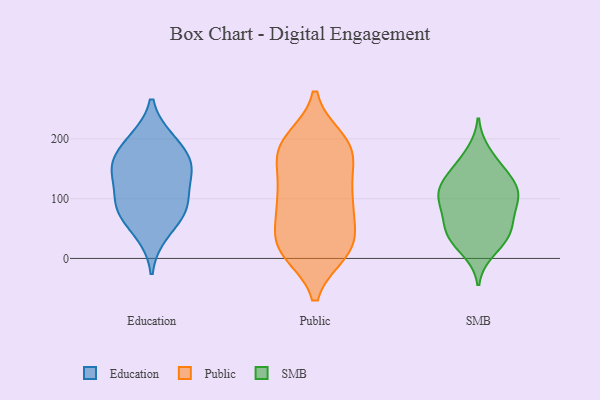
{"axis": {"x": "Customer Acquisition Cost (USD)", "y": "Value"}, "legend": ["Education", "Public", "SMB"], "data": [{"x": "", "y": 81, "type": "Education"}, {"x": "", "y": 86, "type": "Education"}, {"x": "", "y": 149, "type": "Education"}, {"x": "", "y": 154, "type": "Education"}, {"x": "", "y": 80, "type": "Education"}, {"x": "", "y": 156, "type": "Education"}, {"x": "", "y": 41, "type": "Education"}, {"x": "", "y": 103, "type": "Education"}, {"x": "", "y": 148, "type": "Education"}, {"x": "", "y": 195, "type": "Education"}, {"x": "", "y": 199, "type": "Education"}, {"x": "", "y": 80, "type": "Public"}, {"x": "", "y": 157, "type": "Public"}, {"x": "", "y": 182, "type": "Public"}, {"x": "", "y": 87, "type": "Public"}, {"x": "", "y": 25, "type": "Public"}, {"x": "", "y": 115, "type": "Public"}, {"x": "", "y": 198, "type": "Public"}, {"x": "", "y": 117, "type": "Public"}, {"x": "", "y": 112, "type": "Public"}, {"x": "", "y": 11, "type": "Public"}, {"x": "", "y": 11, "type": "Public"}, {"x": "", "y": 187, "type": "Public"}, {"x": "", "y": 180, "type": "Public"}, {"x": "", "y": 177, "type": "Public"}, {"x": "", "y": 87, "type": "Public"}, {"x": "", "y": 15, "type": "Public"}, {"x": "", "y": 50, "type": "Public"}, {"x": "", "y": 24, "type": "Public"}, {"x": "", "y": 194, "type": "Public"}, {"x": "", "y": 22, "type": "Public"}, {"x": "", "y": 143, "type": "SMB"}, {"x": "", "y": 39, "type": "SMB"}, {"x": "", "y": 95, "type": "SMB"}, {"x": "", "y": 113, "type": "SMB"}, {"x": "", "y": 133, "type": "SMB"}, {"x": "", "y": 13, "type": "SMB"}, {"x": "", "y": 95, "type": "SMB"}, {"x": "", "y": 45, "type": "SMB"}, {"x": "", "y": 120, "type": "SMB"}, {"x": "", "y": 105, "type": "SMB"}, {"x": "", "y": 177, "type": "SMB"}, {"x": "", "y": 108, "type": "SMB"}, {"x": "", "y": 64, "type": "SMB"}, {"x": "", "y": 156, "type": "SMB"}, {"x": "", "y": 44, "type": "SMB"}, {"x": "", "y": 69, "type": "SMB"}, {"x": "", "y": 27, "type": "SMB"}]}